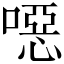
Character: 噁